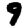
Digit: 9